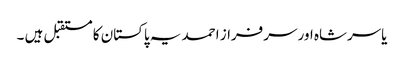
یاسرشاہ اور سرفراز احمد یہ پاکستان کا مستقبل ہیں ۔